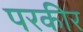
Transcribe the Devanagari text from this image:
परकीर